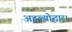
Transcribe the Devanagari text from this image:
अहल्योद्धार।